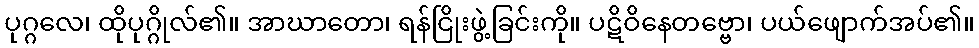
ပုဂ္ဂလေ၊ ထိုပုဂ္ဂိုလ်၏။ အာဃာတော၊ ရန်ငြိုးဖွဲ့ခြင်းကို။ ပဋိဝိနေတဗ္ဗော၊ ပယ်ဖျောက်အပ်၏။